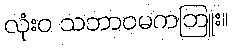
လုံးဝ သဘာဝမကဘြူး။